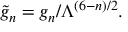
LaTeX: \tilde { g } _ { n } = g _ { n } / \Lambda ^ { ( 6 - n ) / 2 } .